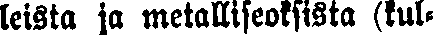
leista ja metalliseoksista (kul-